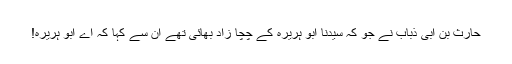
حارث بن ابی ذباب نے جو کہ سیدنا ابو ہریرہؓ کے چچا زاد بھائی تھے ان سے کہا کہ اے ابو ہریرہ!